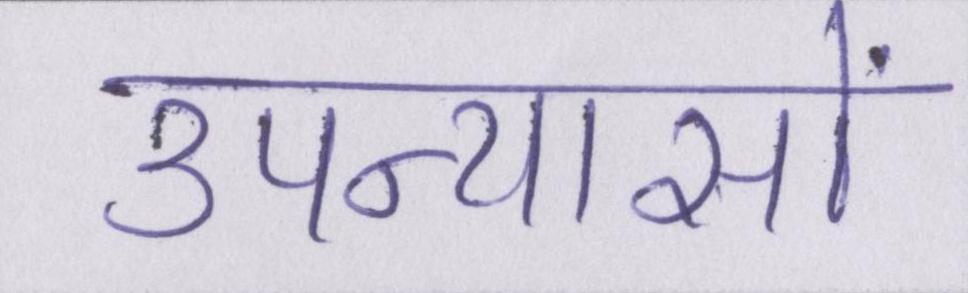
उपन्यासों